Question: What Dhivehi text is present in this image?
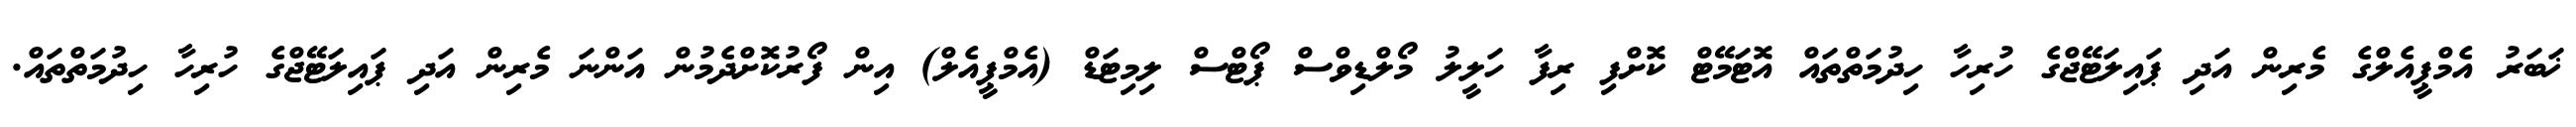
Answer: ޚަބަރު އެމްޕީއެލްގެ މެރިން އަދި ޕައިލަޓޭޖްގެ ހުރިހާ ހިދުމަތްތައް އޮޓަމޭޓް ކޮށްފި ރިފާ ހަލީލު މޯލްޑިވްސް ޕޯޓްސް ލިމިޓަޑް (އެމްޕީއެލް) އިން ފޯރުކޮށްދެމުން އަންނަ މެރިން އަދި ޕައިލަޓޭޖްގެ ހުރިހާ ހިދުމަތްތައް.